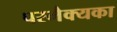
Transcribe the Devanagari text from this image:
परमैक्यका